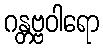
ဂန္တဗ္ဗဝါရော